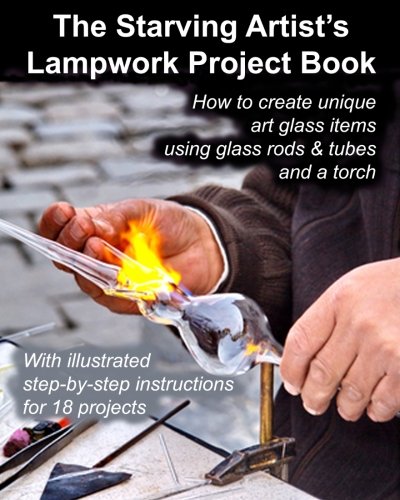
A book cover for The Starving Artist's Lampwork Project Book: How to create unique art glass items using glass rods & tubes and a torch; Fledgling Studio; Crafts, Hobbies & Home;